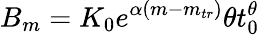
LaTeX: B_{m}=K_{0}e^{\alpha(m-m_{tr})}\theta t_{0}^{\theta}